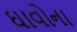
ઘાવોના